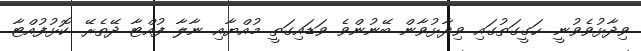
ވިދާޅުވެވުނީ. ހަގީގަތުގައި ވިދާޅުވާން ބޭނުންވެ ވަޑައިގަތީ މުއްޔާއި ނާލާ ފުއްޓާ ދޭތެރޭ. ކޮޅުފުއްޓާ